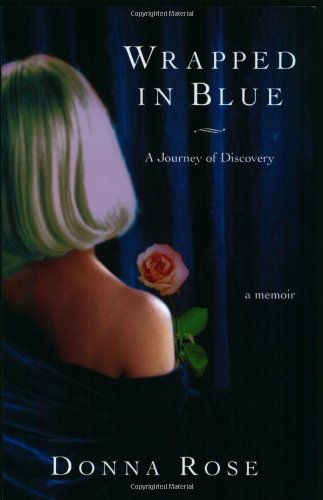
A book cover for Wrapped In Blue: A Journey of Discovery; Donna Rose; Gay & Lesbian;